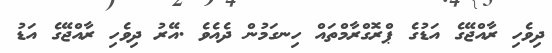
ދިވެހި ރާއްޖޭގެ އަޑުގެ ޕްރޮގްރާމްތައް ހިނގަމުން ދެއެވެ .އޭރު ދިވެހި ރާއްޖޭގެ އަޑު